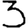
Digit: 3